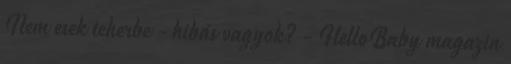
Nem esek teherbe - hibás vagyok? - HelloBaby magazin